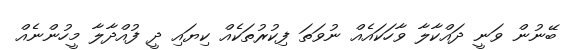
ބޭނުން ވަނީ ދައްކާލާ ވާހަކައެއް ނުވަތަ ފިކުރުތަކެއް ކިޔައި ދީ ފުއްދާލާ މީހުންނެއް